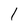
Character: 1